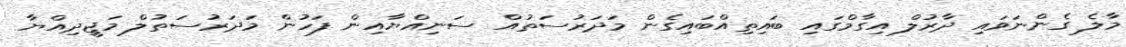
މާލެ ގެންނަވައި ދާރުލް އިގާމްގައި ބައިތިއްބައިގެން މަދަރުސަތުއް ސަނިއްޔާއިން ފަހުން މަދަރުސަތުލް މަޖީދިއްޔާ